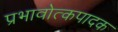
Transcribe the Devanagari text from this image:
प्रभावोत्कपादक